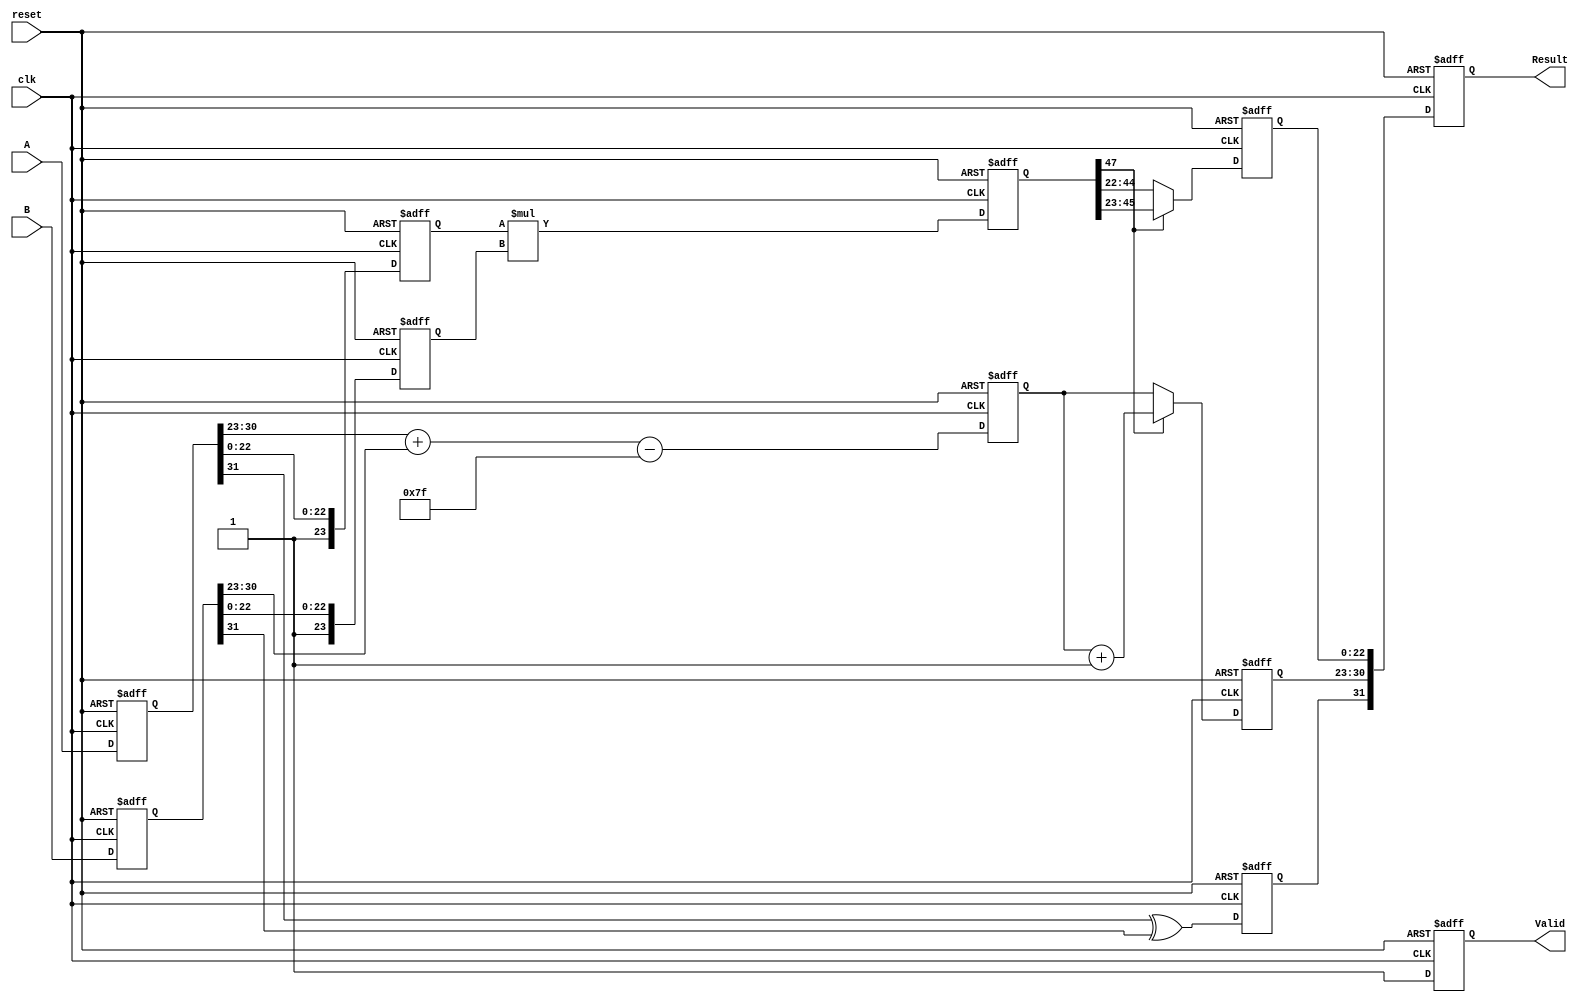
module pipelined_fp_multiplier (
    input  wire [31:0] A,        // First floating-point input
    input  wire [31:0] B,        // Second floating-point input
    input  wire clk,             // Clock signal
    input  wire reset,           // Active high reset signal
    output reg  [31:0] Result,   // Floating-point output
    output reg  Valid            // Output valid signal
);

    // Pipeline registers
    reg [31:0] A_reg1, B_reg1;   // Stage 1 registers
    reg [31:0] sign_result_reg;  // Stage 2 register for sign
    reg [8:0] exp_sum_reg;       // Stage 2 register for exponent sum
    reg [23:0] mantissa_a_reg;   // Stage 3 register for mantissa A
    reg [23:0] mantissa_b_reg;   // Stage 3 register for mantissa B
    reg [47:0] mantissa_product_reg; // Stage 3 register for mantissa product
    reg [23:0] mantissa_result_reg; // Stage 4 register for normalized mantissa
    reg [8:0] exp_result_reg;    // Stage 4 register for final exponent

    // Stage 1: Extract sign, exponent, and mantissa
    always @(posedge clk or posedge reset) begin
        if (reset) begin
            A_reg1 <= 32'b0;
            B_reg1 <= 32'b0;
        end else begin
            A_reg1 <= A;
            B_reg1 <= B;
        end
    end

    // Stage 2: Compute sign and exponent sum
    always @(posedge clk or posedge reset) begin
        if (reset) begin
            sign_result_reg <= 1'b0;
            exp_sum_reg <= 9'b0;
        end else begin
            sign_result_reg <= A_reg1[31] ^ B_reg1[31]; // XOR for sign
            exp_sum_reg <= {1'b0, A_reg1[30:23]} + {1'b0, B_reg1[30:23]} - 127; // Exponent sum
        end
    end

    // Stage 3: Multiply mantissas
    always @(posedge clk or posedge reset) begin
        if (reset) begin
            mantissa_a_reg <= 24'b0;
            mantissa_b_reg <= 24'b0;
            mantissa_product_reg <= 48'b0;
        end else begin
            mantissa_a_reg <= {1'b1, A_reg1[22:0]}; // Include implicit leading 1
            mantissa_b_reg <= {1'b1, B_reg1[22:0]}; // Include implicit leading 1
            mantissa_product_reg <= mantissa_a_reg * mantissa_b_reg; // Multiply mantissas
        end
    end

    // Stage 4: Normalize mantissa and adjust exponent
    always @(posedge clk or posedge reset) begin
        if (reset) begin
            mantissa_result_reg <= 24'b0;
            exp_result_reg <= 9'b0;
        end else begin
            // Normalize mantissa
            if (mantissa_product_reg[47]) begin
                mantissa_result_reg <= mantissa_product_reg[46:23]; // Shift right
                exp_result_reg <= exp_sum_reg + 1; // Increment exponent
            end else begin
                mantissa_result_reg <= mantissa_product_reg[45:22]; // Keep as is
                exp_result_reg <= exp_sum_reg; // Keep exponent
            end
        end
    end

    // Stage 5: Pack result and output valid signal
    always @(posedge clk or posedge reset) begin
        if (reset) begin
            Result <= 32'b0;
            Valid <= 1'b0;
        end else begin
            Result <= {sign_result_reg, exp_result_reg[7:0], mantissa_result_reg[22:0]};
            Valid <= 1'b1; // Indicate result is valid
        end
    end

endmodule